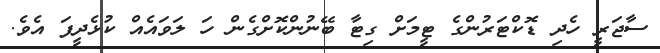
ސާޖަރީ ހެދި ޑޮކްޓަރުންގެ ޓީމަށް ގިޓާ ބޭނުންކޮށްގެން ހަ ލަވައެއް ކުޅެދީފަ އެވެ.